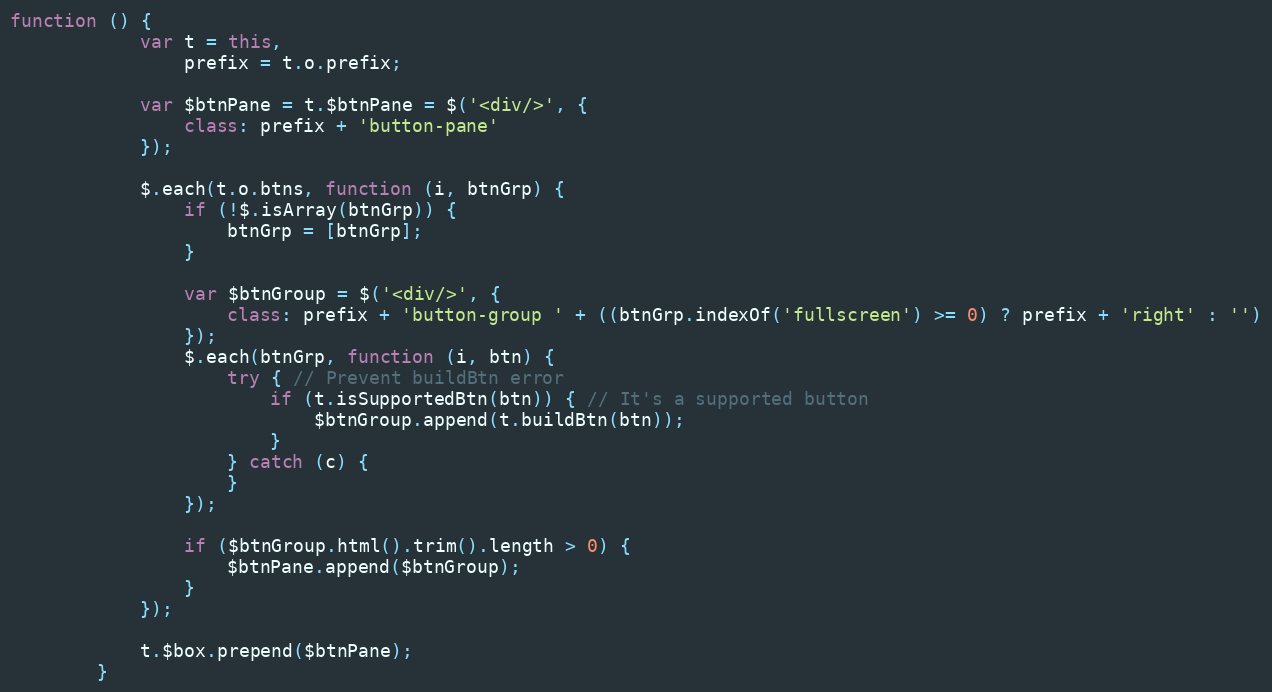
Language: JavaScript
function () {
            var t = this,
                prefix = t.o.prefix;

            var $btnPane = t.$btnPane = $('<div/>', {
                class: prefix + 'button-pane'
            });

            $.each(t.o.btns, function (i, btnGrp) {
                if (!$.isArray(btnGrp)) {
                    btnGrp = [btnGrp];
                }

                var $btnGroup = $('<div/>', {
                    class: prefix + 'button-group ' + ((btnGrp.indexOf('fullscreen') >= 0) ? prefix + 'right' : '')
                });
                $.each(btnGrp, function (i, btn) {
                    try { // Prevent buildBtn error
                        if (t.isSupportedBtn(btn)) { // It's a supported button
                            $btnGroup.append(t.buildBtn(btn));
                        }
                    } catch (c) {
                    }
                });

                if ($btnGroup.html().trim().length > 0) {
                    $btnPane.append($btnGroup);
                }
            });

            t.$box.prepend($btnPane);
        }